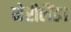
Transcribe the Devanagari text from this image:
मेरीलैंड।